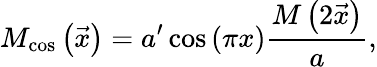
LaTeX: M_{\mathrm{cos}}\left(\vec{x}\right)=a^{\prime}\cos{\left(\pi x\right)}\frac{M\left(2\vec{x}\right)}{a},